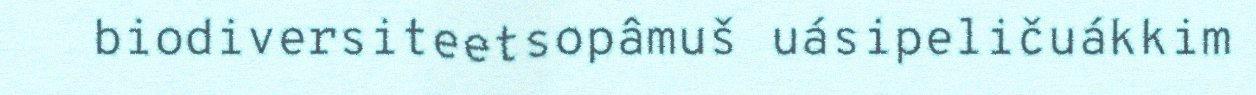
biodiversiteetsopâmuš uásipeličuákkim